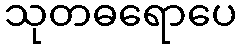
သုတဓရောပေ